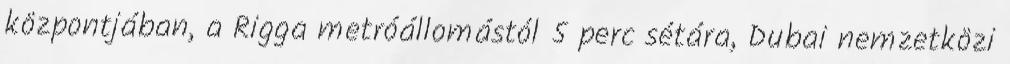
központjában, a Rigga metróállomástól 5 perc sétára, Dubai nemzetközi